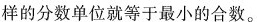
样的分数单位就等于最小的合数。